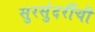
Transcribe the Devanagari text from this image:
सुरसुंदरींची